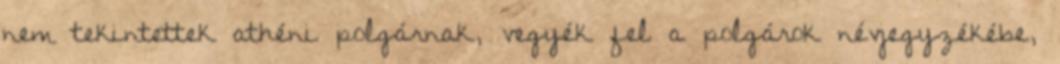
nem tekintettek athéni polgárnak, vegyék fel a polgárok névjegyzékébe,